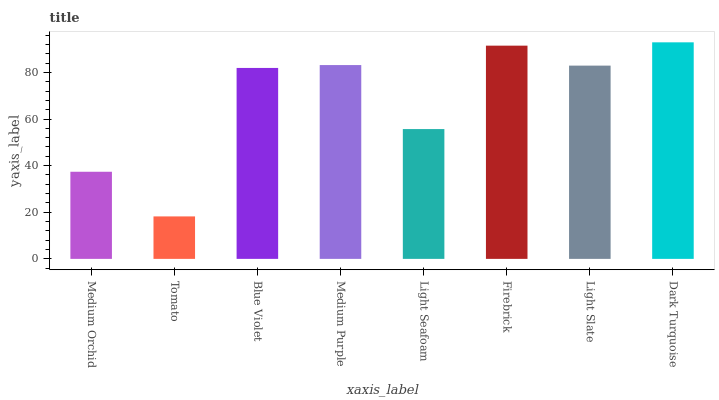
| xaxis_label | bars |
 | --- | --- |
 | Medium Orchid | 37.4 |
 | Tomato | 18.2 |
 | Blue Violet | 81.9 |
 | Medium Purple | 83.1 |
 | Light Seafoam | 55.7 |
 | Firebrick | 91.5 |
 | Light Slate | 82.9 |
 | Dark Turquoise | 92.9 |